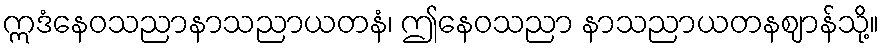
ဣဒံနေဝသညာနာသညာယတနံ၊ ဤနေဝသညာ နာသညာယတနဈာန်သို့။